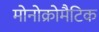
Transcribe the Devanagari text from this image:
मोनोक्रोमैटिक